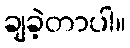
ချခဲ့တာပါ။